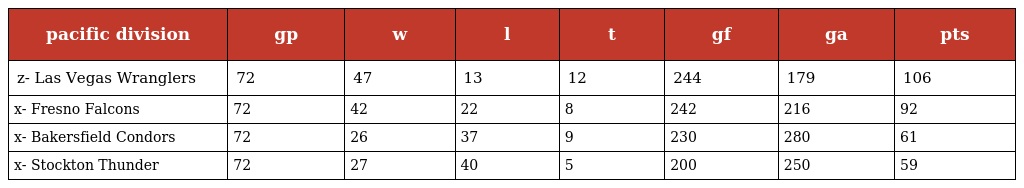
| pacific division | gp | w | l | t | gf | ga | pts |
 | --- | --- | --- | --- | --- | --- | --- | --- |
 | z- Las Vegas Wranglers | 72 | 47 | 13 | 12 | 244 | 179 | 106 |
 | x- Fresno Falcons | 72 | 42 | 22 | 8 | 242 | 216 | 92 |
 | x- Bakersfield Condors | 72 | 26 | 37 | 9 | 230 | 280 | 61 |
 | x- Stockton Thunder | 72 | 27 | 40 | 5 | 200 | 250 | 59 |